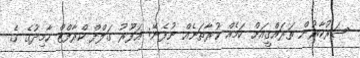
ސަރުކާރުން ތަރައްގީއަށް ކަމެއް ކުރާތަނެއް ނުފެނޭ: ޣަފޫރު ގަލްފް ކްރާފްޓް ހާމިދުގެ ގެ